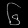
Digit: ၆